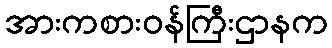
အားကစားဝန်ကြီးဌာနက